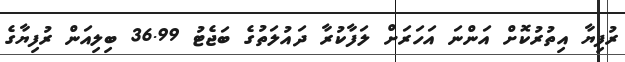
ރުފިޔާ އިތުރުކޮށް އަންނަ އަހަރަށް ލަފާކުރާ ދައުލަތުގެ ބަޖެޓު 36.99 ބިލިއަން ރުފިޔާގެ